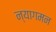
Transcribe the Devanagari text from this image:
न्यागमन